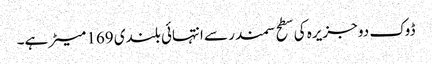
ڈوک دو جزیرہ کی سطح سمندر سے انتہائی بلندی 169 میٹر ہے۔